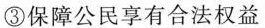
③保障公民享有合法权益